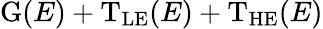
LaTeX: \mathrm{G}(E)+\mathrm{T_{LE}}(E)+\mathrm{T_{HE}}(E)